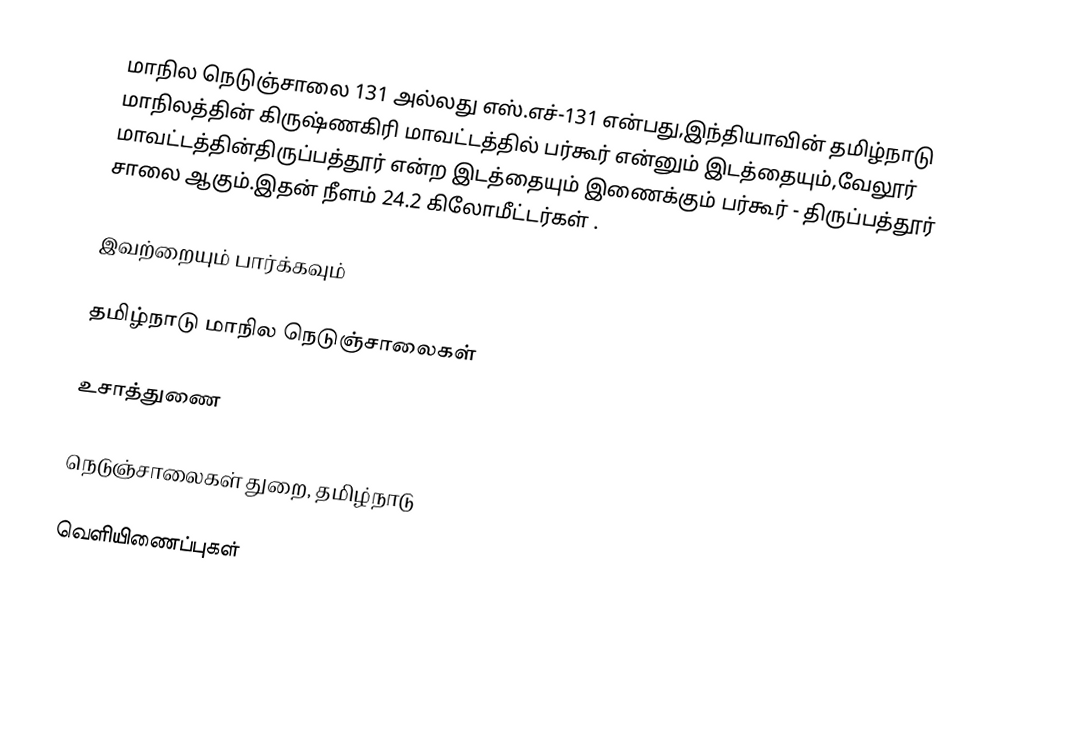
மாநில நெடுஞ்சாலை 131 அல்லது எஸ்.எச்-131  என்பது,இந்தியாவின் தமிழ்நாடு மாநிலத்தின்  கிருஷ்ணகிரி மாவட்டத்தில்  பர்கூர்  என்னும் இடத்தையும்,வேலூர் மாவட்டத்தின்திருப்பத்தூர்  என்ற இடத்தையும் இணைக்கும் பர்கூர் - திருப்பத்தூர் சாலை ஆகும்.இதன் நீளம் 24.2  கிலோமீட்டர்கள் .

இவற்றையும் பார்க்கவும்

 தமிழ்நாடு மாநில நெடுஞ்சாலைகள்

உசாத்துணை

 நெடுஞ்சாலைகள் துறை, தமிழ்நாடு

வெளியிணைப்புகள்